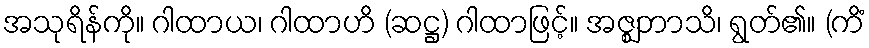
အသုရိန်ကို။ ဂါထာယ၊ ဂါထာဟိ (ဆဋ္ဌ) ဂါထာဖြင့်။ အဇ္ဈဘာသိ၊ ရွတ်၏။ (ကိံ